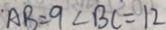
A B = 9 \angle B C = 9 2